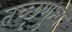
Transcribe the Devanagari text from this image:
तच्छृणुश्व